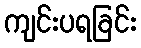
ကျင်းပရခြင်း